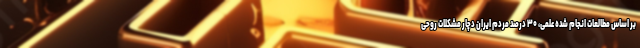
بر اساس مطالعات انجام شده علمی، ۳۰ درصد مردم ایران دچار مشکلات روحی